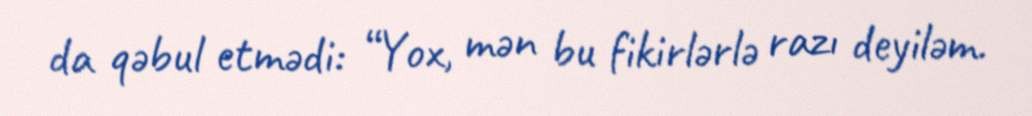
da qəbul etmədi: “Yox, mən bu fikirlərlə razı deyiləm.